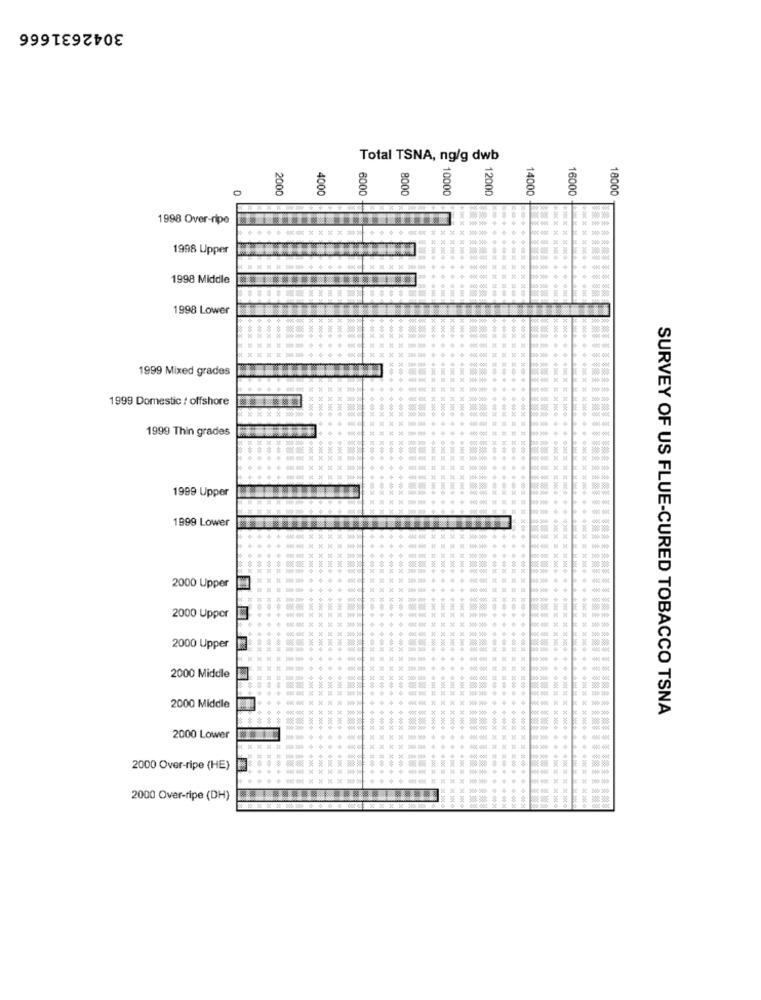
3042631666
Total TSNA, ng/g dwb
2000
4000
6000
8000
10000
12000
14000
16000
18000
1998 Over-ripe
1998 Upper
1998 Middle
1998 Lower
1999 Mixed grades
1999 Domestic / offshore
1999 Thin grades
1999 Upper
1999 Lower
2000 Upper
2000 Upper
2000 Upper
2000 Middle
2000 Middle
SURVEY OF US FLUE-CURED TOBACCO TSNA
2000 Lower
2000 Over-ripe (HE)
2000 Over-ripe (DH)